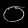
Digit: ၀